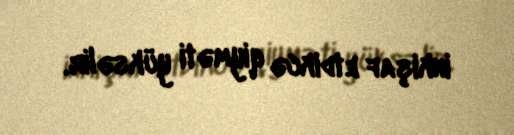
inkişaf etdikcə qiyməti yüksəlir.